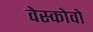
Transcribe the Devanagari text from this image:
वेस्कोवो